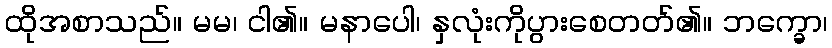
ထိုအစာသည်။ မမ၊ ငါ၏။ မနာပေါ၊ နှလုံးကိုပွားစေတတ်၏။ ဘက္ခော၊